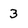
Character: 3